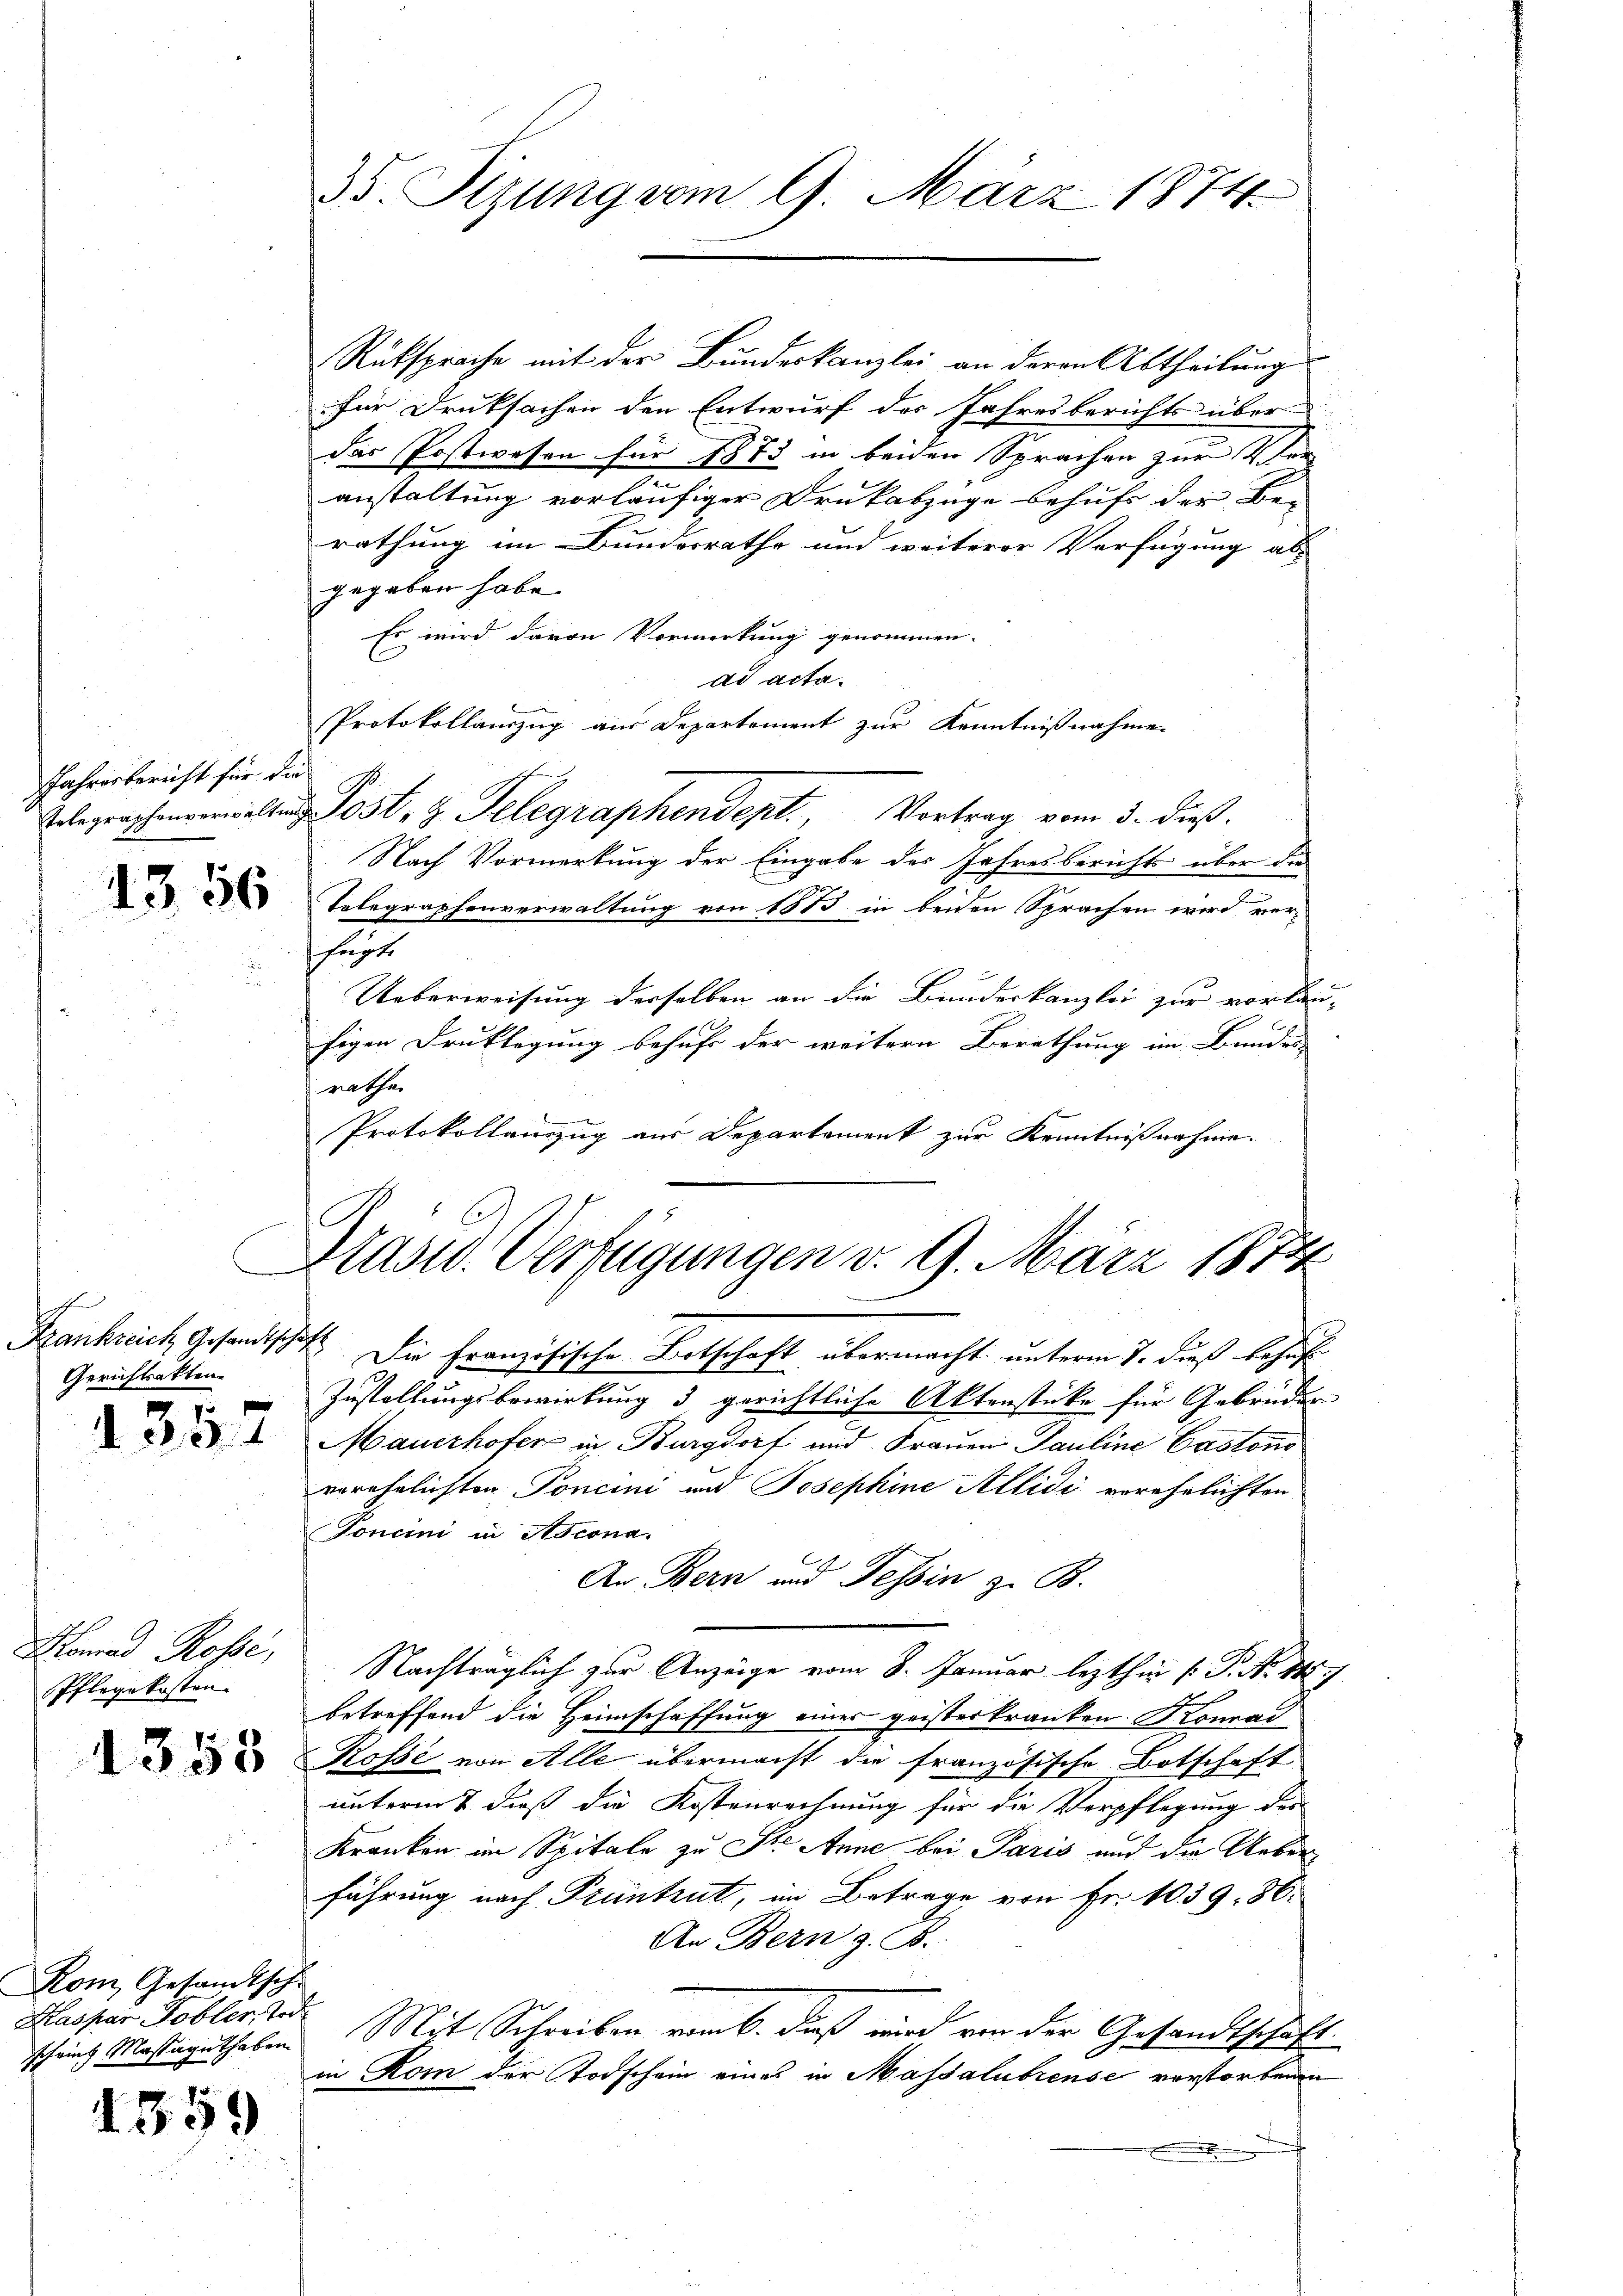
Jahresbericht für die

1356

chen
Gerichtsakten

d 352

Homad Rosse,
Pflegekosten

1353

Kom, Gesandtsche
Kaspar Hobler Tod
schwing Massaguthaben

1359

35. Sizung vom 9. März 1874.

Rüksprache mit der Bundeskanzlei an deren Abtheilung
für Drucksachen den Entwurf des Jahresberichts über
das Postwesen für 1873 in beiden Sprachen zur Ver
.
anstaltung vorläufiger Drukabzüge behufs der Be-
rathung im Bundesrathe und weiterer Verfügung abs
gegeben habe.
Es wird davon Vormerkung genommen.
ad acta.
Protokollauszug aus Departement zur Kenntnißnahme.
Telegraphenalten Post, z. Telegraphendent. Vortrag vom 5. dieß.
Nach Vormerkung der Eingabe des Jahresberichts über die
Telegraphenverwaltung von 1883 in beiden Sprachen wird ver-
fügt.
Ueberweisung derselben an die Bundeskanzlei zur vorlanfigen Druklegung befuhr der weitern Berathung im Bundes
nathar
e
Protokollanzug aus Departement zur Kenntnißnahme.

Präsid. Verfügungen v. 9. März 1874
Bankreich Gesandtschaft. Die französische Botschaft übermacht unterm 7. dieß behuf

Zustellungsbewirkung 3 gerichtliche Aktenstücke für Gebrüder
Mauerhofer in Burgdorf und Frauen Pauline Castono
verehelichten Poncini und Josephine Allidi verehelichten
Toncini in Ascona
An Bern und Tessin z. B.
Nachträglich zur Anzeige vom 8. Januar lezthin P. P. Nr. 145.
betreffend die Heimschaffung einer geisteskranken Konrad
Rosse von Alle übermacht die französische Botschaft
unterm 7 dieß die Kostenrechnung für die Verpflegung der
Kranken im Spitale zu Ste Anne bei Paris und die Ueberführung nach Pruntrut, im Betrage von Fr. 1039. 36.
An Bern z. B.
Mit Schreiben vom k. daß wird von der Gesandtschaft.
in Rom der Todschein eines in Massalubiense vorstorbenen